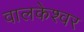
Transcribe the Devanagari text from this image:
वालकेश्वर